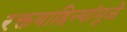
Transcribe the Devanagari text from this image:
रक्तवाहिन्यांमुळे